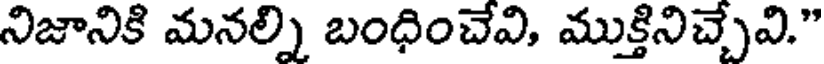
నిజానికి మనల్ని బంధించేవి, ముక్తినిచ్చేవి."